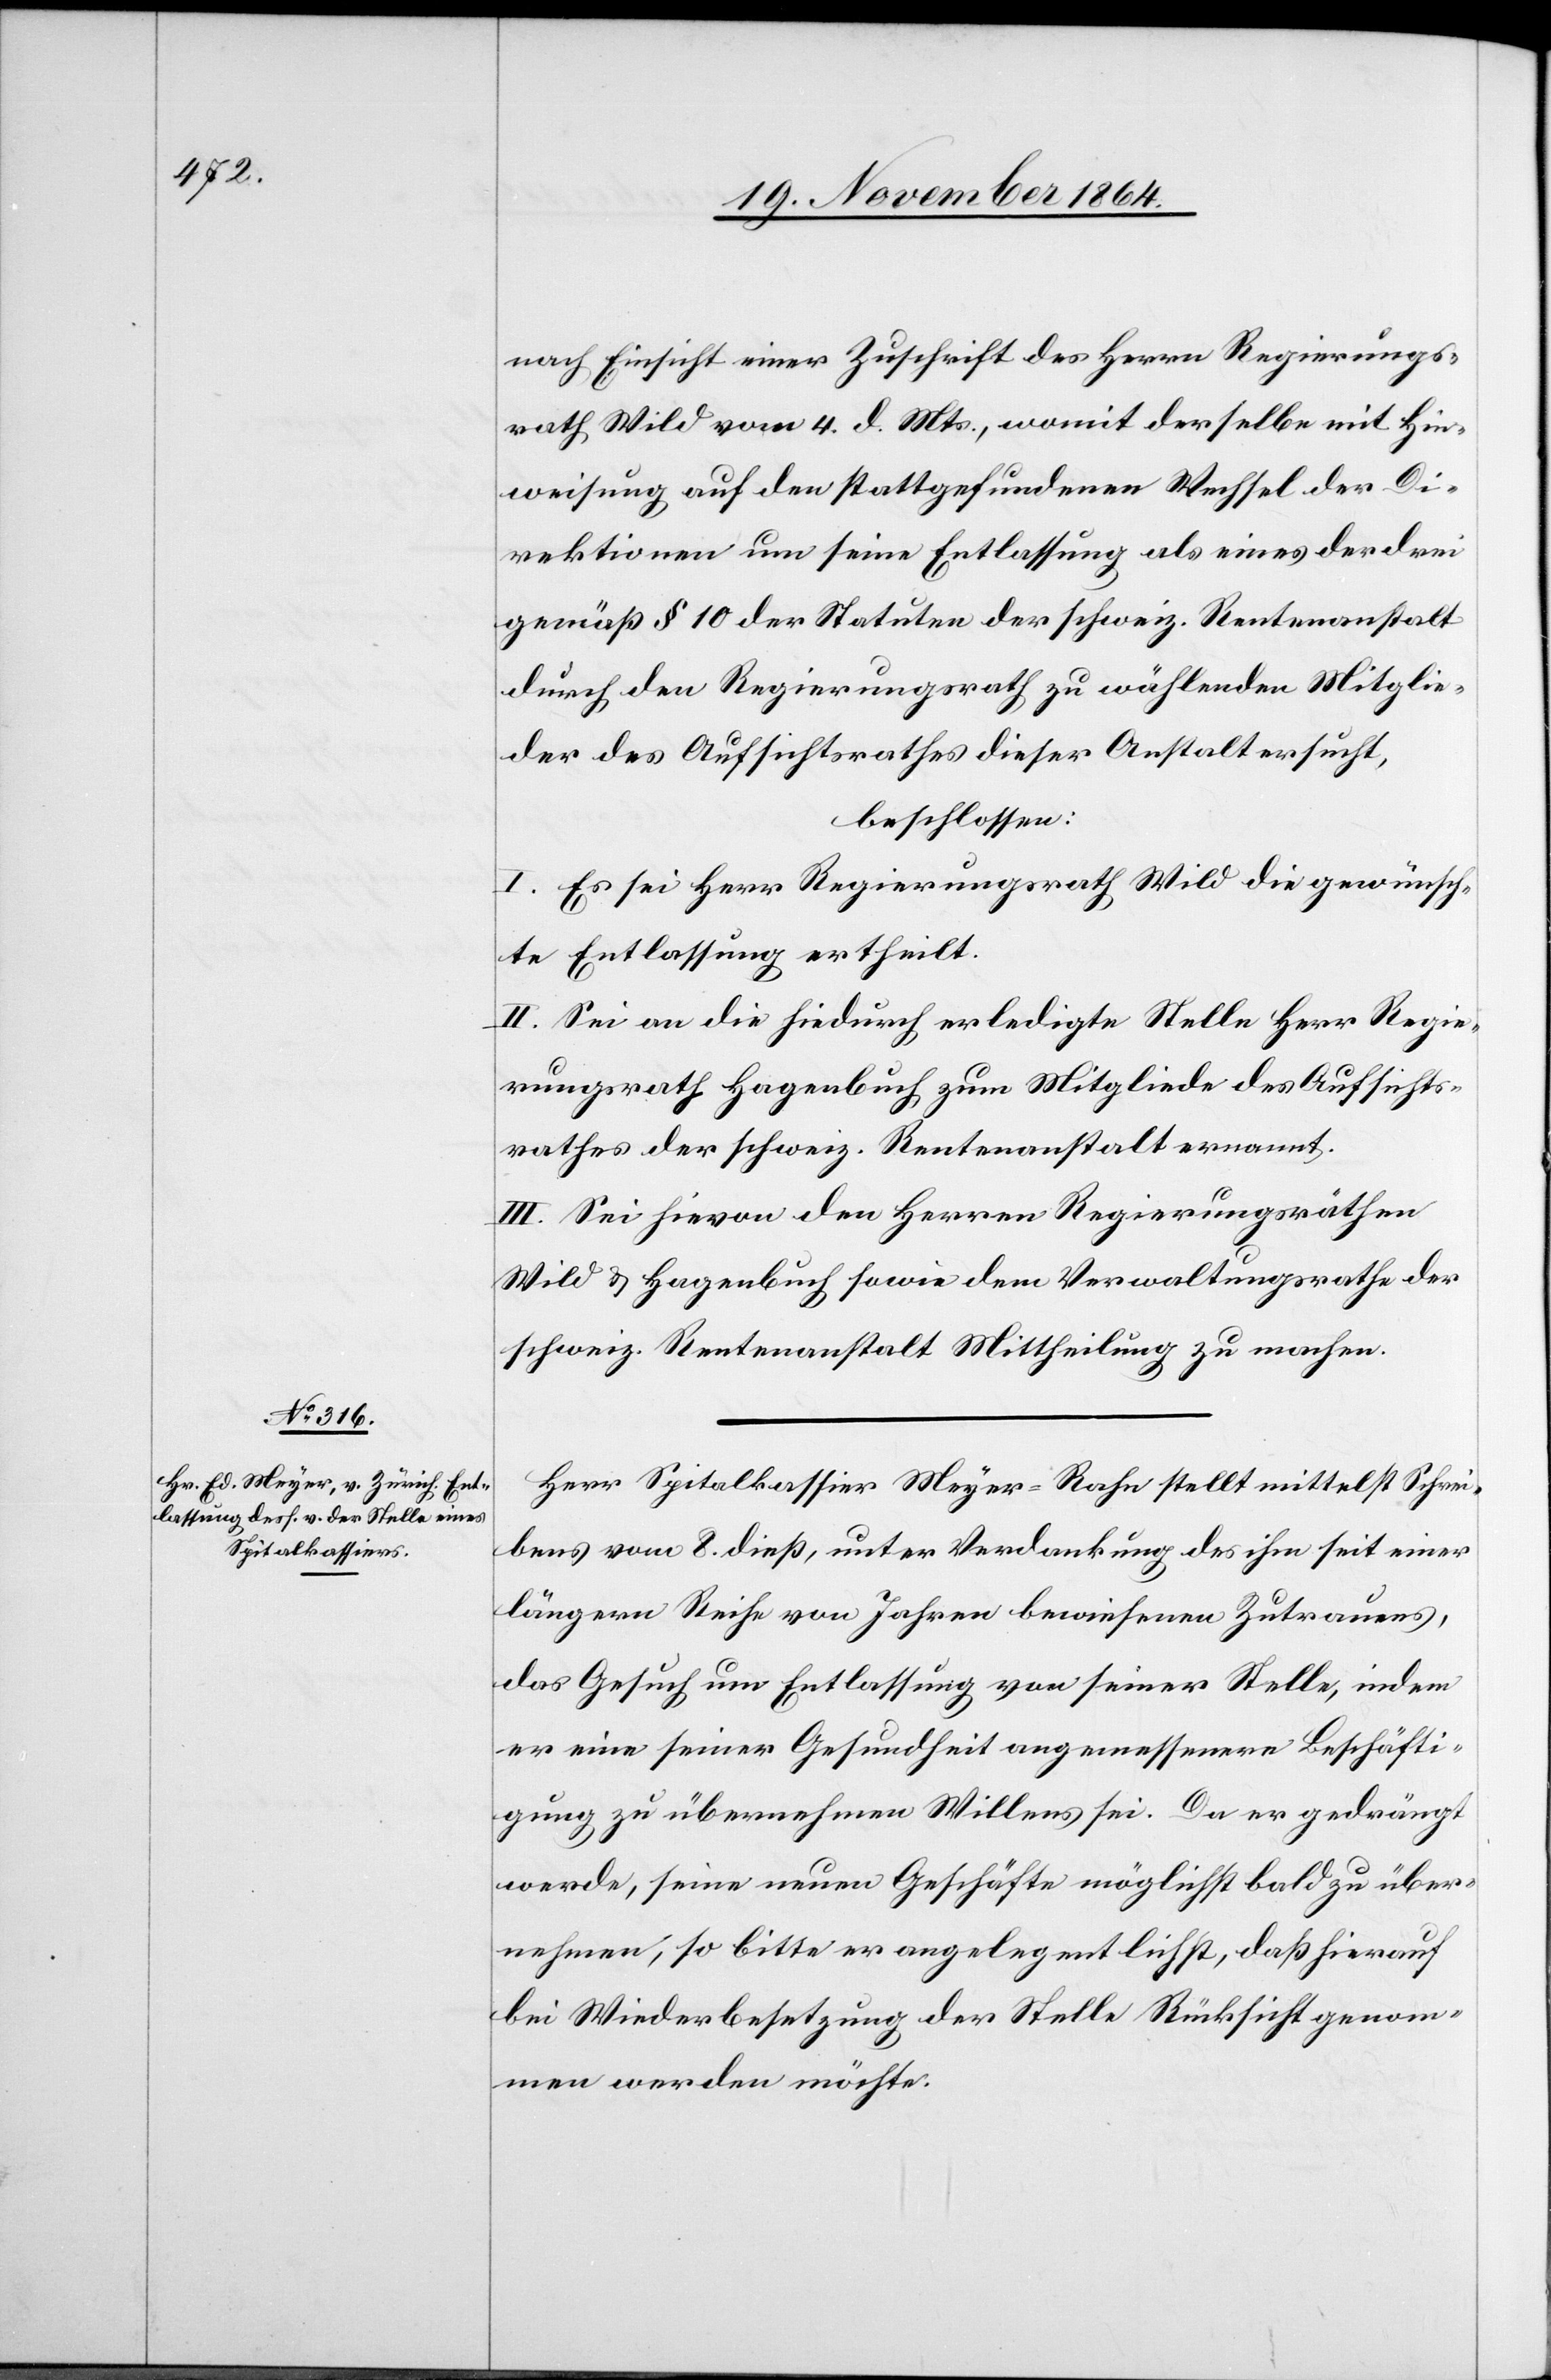
nach Einsicht einer Zuschrift des Herrn Regierungs¬
rath Wild vom 4. d. Mts., womit derselbe mit Hin¬
weisung auf den stattgefundenen Wechsel der Di¬
rektionen um seine Entlassung als eines der drei
gemäß § 10 der Statuten der schweiz. Rentenanstalt
durch den Regierungsrath zu wählenden Mitglie¬
der des Aufsichtsrathes dieser Anstalt ersucht,
beschlossen:
I. Es sei Herr Regierungsrath Wild die gewünsch¬
te Entlassung ertheilt.
II. Sei an die hiedurch erledigte Stelle Herr Regie¬
rungsrath Hagenbuch zum Mitgliede des Aufsichts¬
rathes der schweiz. Rentenanstalt ernannt.
III. Sei hievon den Herren Regierungsräthen
Wild & Hagenbuch sowie dem Verwaltungsrathe der
schweiz. Rentenanstalt Mittheilung zu machen.
Herr Spitalkassier Meyer-Rahn stellt mittelst Schrei¬
bens vom 8. dieß, unter Verdankung des ihm seit einer
längeren Reihe von Jahren bewiesenen Zutrauens,
das Gesuch um Entlassung von seiner Stelle, indem
er eine seiner Gesundheit angemessenere Beschäfti¬
gung zu übernehmen Willens sei. Da er gedrängt
werde, seine neuen Geschäfte möglichst bald zu über¬
nehmen, so bitte er angelegentlichst, daß hierauf
bei Wiederbesetzung der Stelle Rücksicht genom¬
men werden möchte.